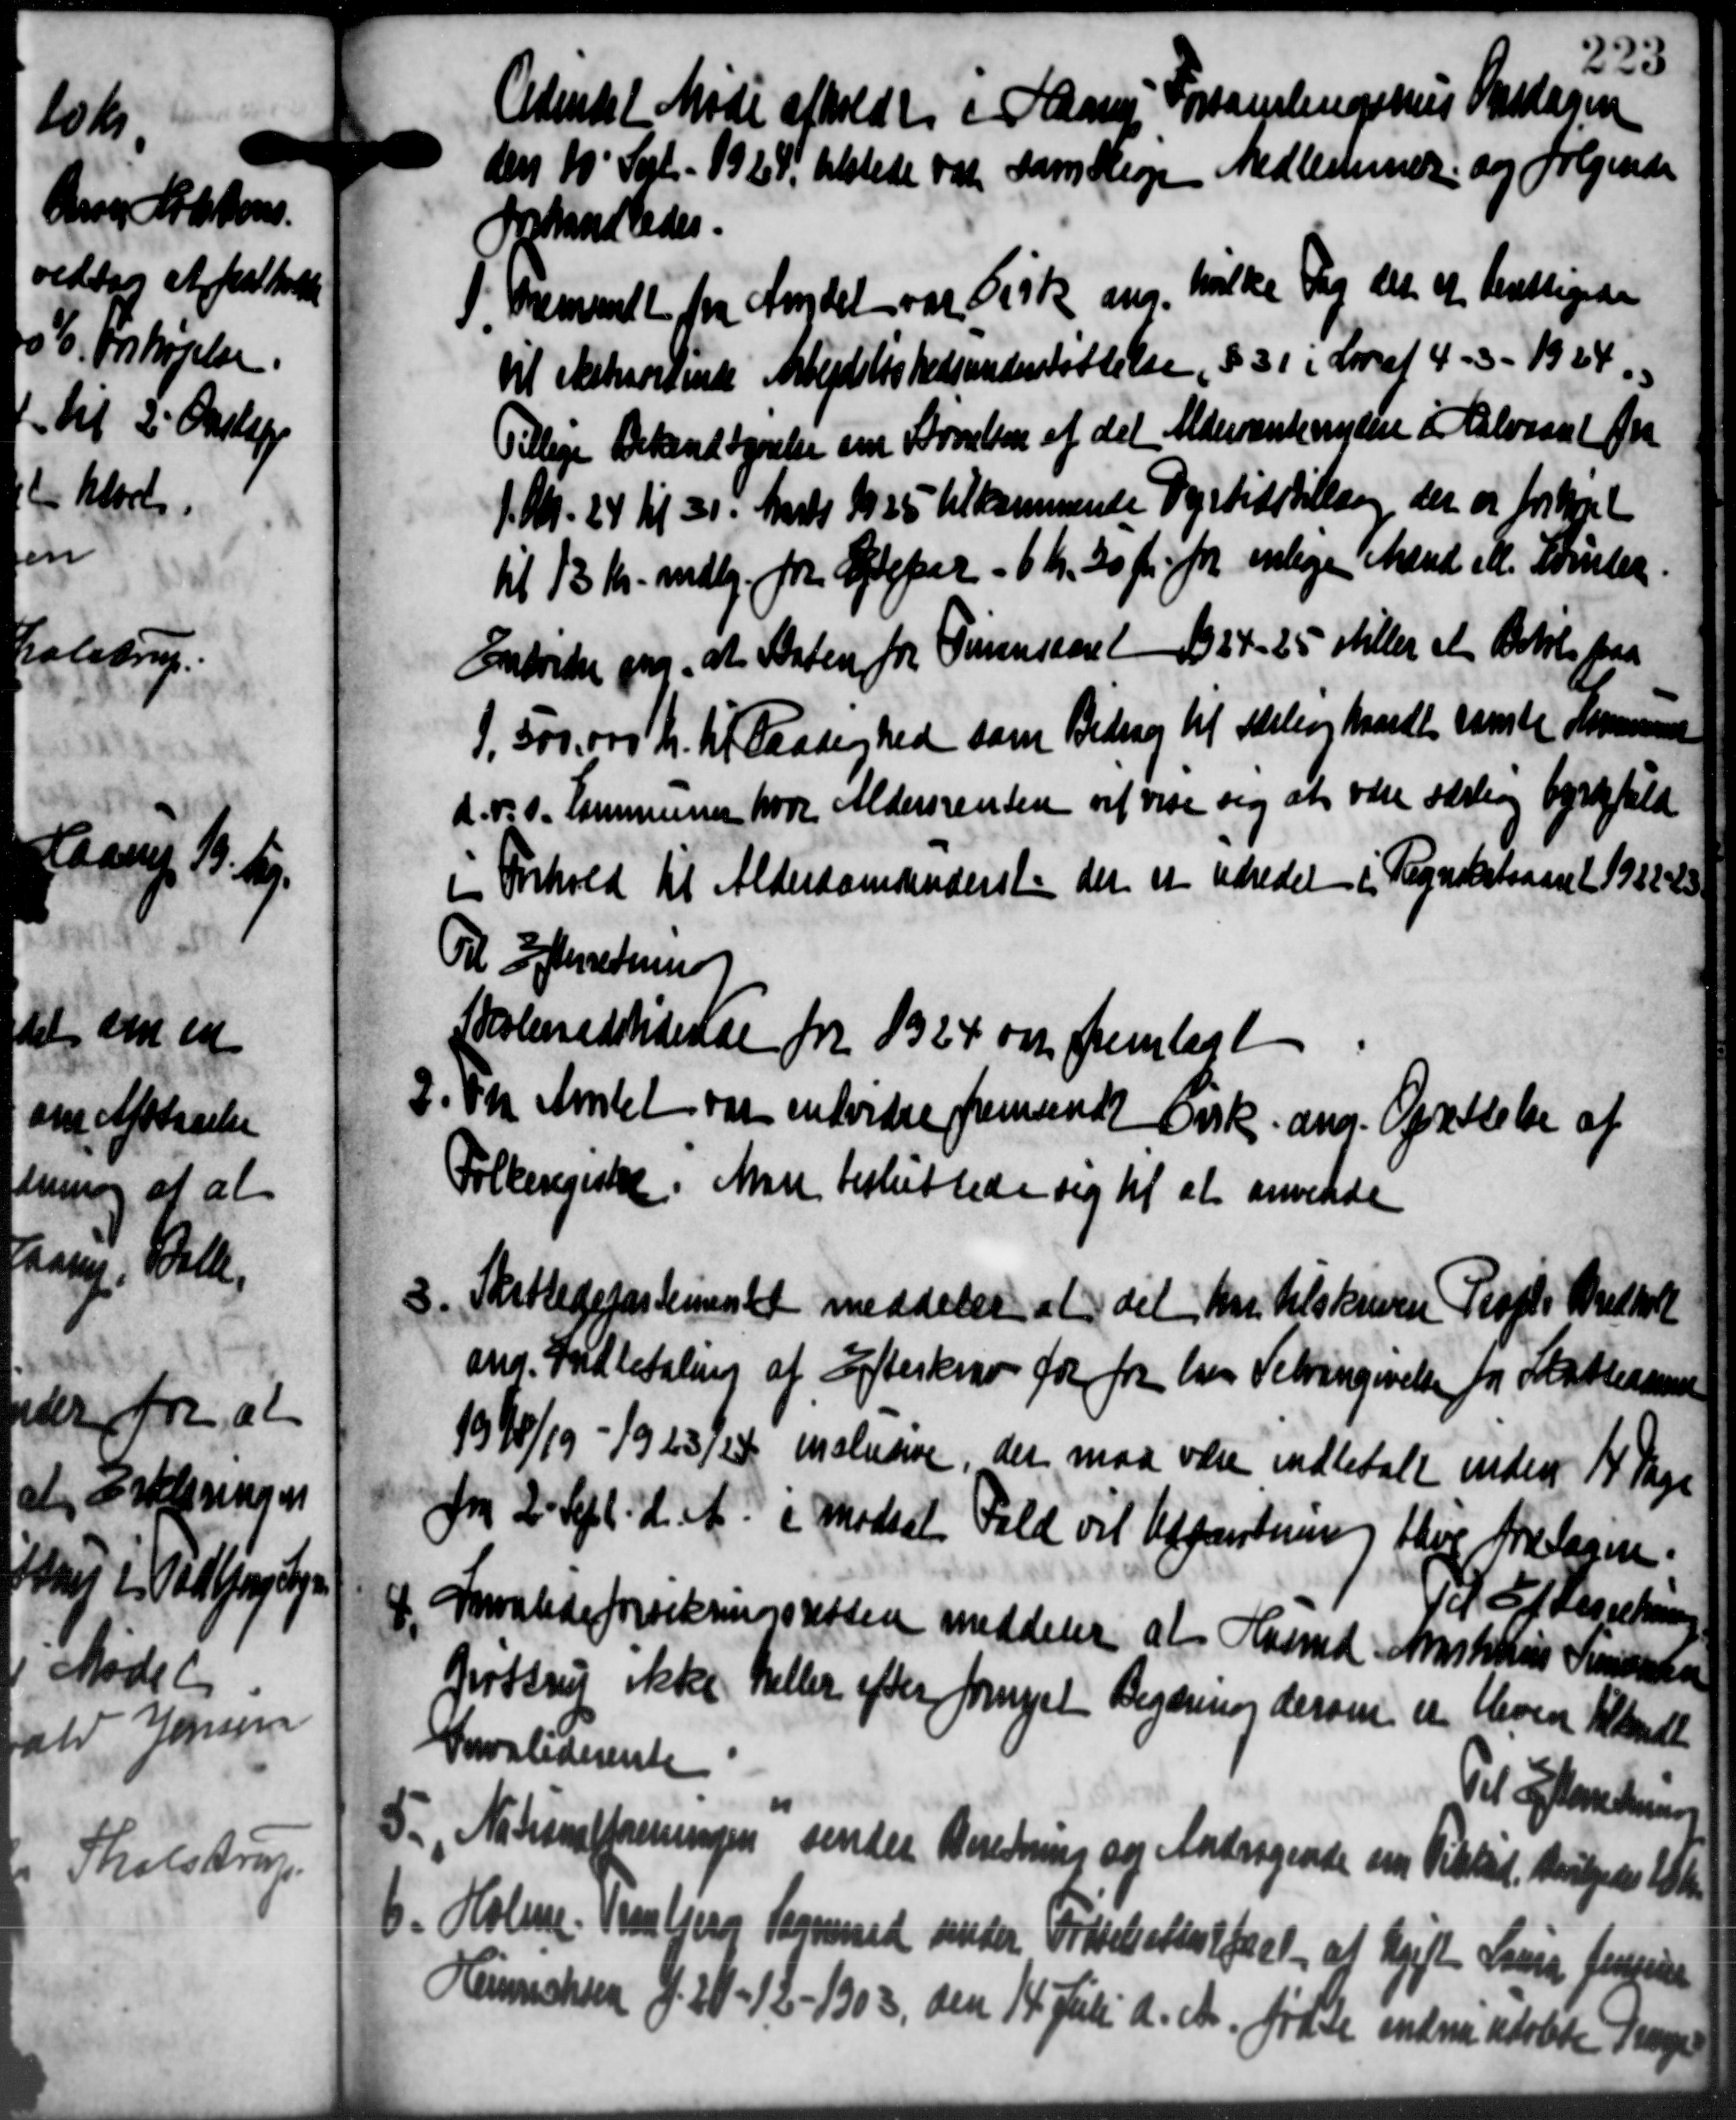
Transskription:
Adendet Møde afholdt i Haans Forsamlingshus Sideren
den 10' Sept. 1929 tilstede var samtlige Medlemmer og følgende
behandledes.
1 fremmet fra Andet var Fisk ang. hvilke dag det at berettigede
1 fremmet fra Andet var Fisk ang. hvilke dag det at berettigede
til sketorvente Arbejdsløshedsunderstøttelse, § 31 i Lov af 4 - 3 - 1924.
Tillige Bekendtgørelse om Arnelsen af det Aldersantenydere i Aalvsant fra
1. Nr. 24 til 31. Marts 1925 tilkommende Dyrtidstilling der er forkort
til 13 Kr. mdlg. fra Ægtepar - 6 Kr. 30 pr. fra enlige Mænd ill. Samler.
Entrelse om, at Staten for Timensaaret 1924-25 stiller et Betale paa
1.500.000 Kr. til Raadighed som Bidrag til Skole og haandte danske Kommune
d. P. v. Kommunen hvor Aldersrenten vil vise sig at være særling byrdefuld
i Forhold til Alderdomsunderst der er udredet i Regnskabsaaret 1932-3
Til Efterretning
Skoleredstidende for 1924 om fremlagt
2. h. Amtet var endvidre fremsendt Ersk. ang. Oprettelse af
2. h. Amtet var endvidre fremsendt Ersk. ang. Oprettelse af
Folkeregister. Man besluttede sig til at anvende
3. Skattedepartementet meddeler at det har tilskreven Propt. Bredhol
3. Skattedepartementet meddeler at det har tilskreven Propt. Bredhol
ang. Indbetaling af Efterkrav for for hver Velvangivelse for Skatteaare
1918/19 - 1923/24 maledere, der maa være indbetale inden 14 Dage
fra 2' Sept. d. A. i Modset Fald vil Udpantning tlige Forslagne.
Til Efterretning
1. Invalideforsikringsretten meddeler at Husmd Anstattes Sørense
1. Invalideforsikringsretten meddeler at Husmd Anstattes Sørense
Brotsrut ikke Heller efter fornyet Begærerinderom er blevere Tilladet
Invaliderente
Til Efterretning
5. Nationalforeningen sender Beretning og Andragende om Tilstil. Helgedes tilke
5. Nationalforeningen sender Beretning og Andragende om Tilstil. Helgedes tilke
6. Holme Vensbjerg Sogneraad under Fødselettet foret af Ugift Lina Jensensen
6. Holme Vensbjerg Sogneraad under Fødselettet foret af Ugift Lina Jensensen
6. Holme Vensbjerg Sogneraad under Fødselettet foret af Ugift Lina Jensensen
Heichsen f. 20-12-1903, den 14 Juli d. A. fra de endnu udøbte Trage